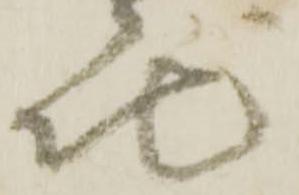
地